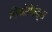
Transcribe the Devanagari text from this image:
पिकोसेकंड्स